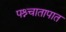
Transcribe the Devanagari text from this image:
पश्र्चातापात